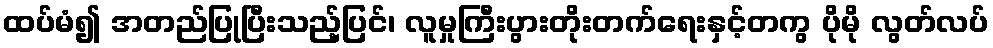
ထပ်မံ၍ အတည်ပြုပြီးသည့်ပြင်၊ လူမှုကြီးပွားတိုးတက်ရေးနှင့်တကွ ပိုမို လွတ်လပ်